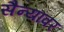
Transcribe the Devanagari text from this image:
सैन्यांवर